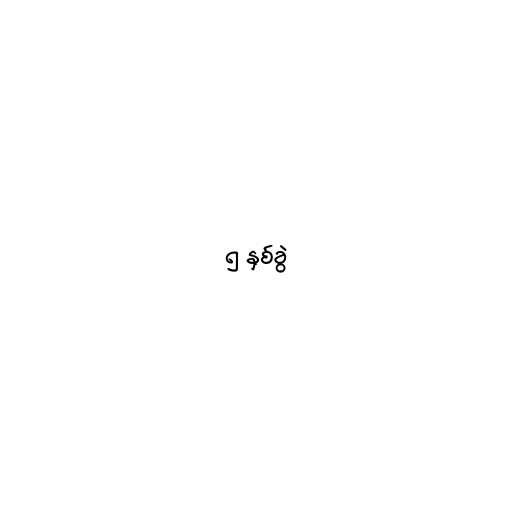
၅ နှစ်ခွဲ